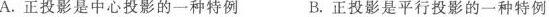
A.正投影是中心投影的一种特例B.正投影是平行投影的一种特例